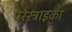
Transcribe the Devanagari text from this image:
पेरेस्त्राइका